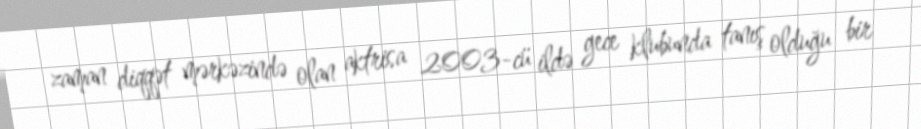
zaman diqqət mərkəzində olan aktrisa 2003-cü ildə gece klubunda tanış olduğu bir